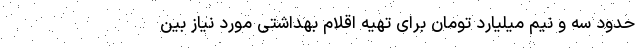
حدود سه و نیم میلیارد تومان برای تهیه اقلام بهداشتی مورد نیاز بین